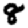
Digit: 8